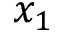
x _ { 1 }